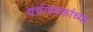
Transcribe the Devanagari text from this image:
चर्चगायकांच्या